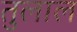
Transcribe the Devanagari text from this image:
तुलाल